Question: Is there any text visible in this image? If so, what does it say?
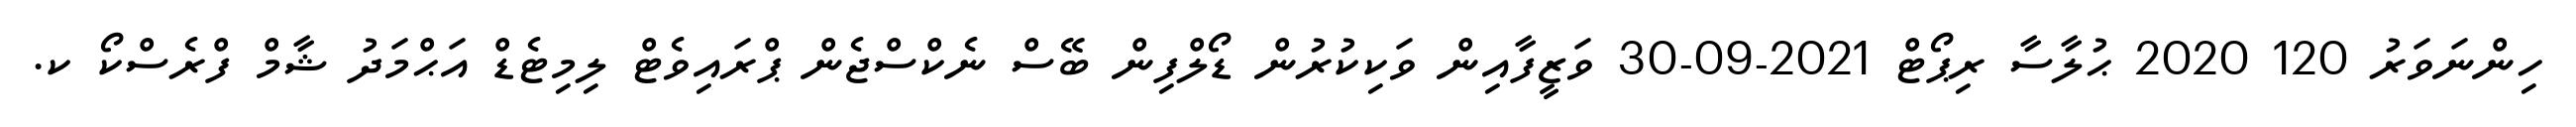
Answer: ހިންނަވަރު 120 2020 ޙުލާސާ ރިޕޯޓް 2021-09-30 ވަޒީފާއިން ވަކިކުރުން ޑޯލްފިން ބޭސް ނެކްސްޖެން ޕްރައިވެޓް ލިމިޓެޑް އަޙްމަދު ޝާމް ފްރެސްކޯ ކ.